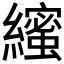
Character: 𮉒